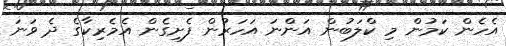
އެހެން ކަމުން މި ކްލަބުން އަންނަ އަހަރުން ފެށިގެން އެމެރިކާގެ ދެ ވަނަ